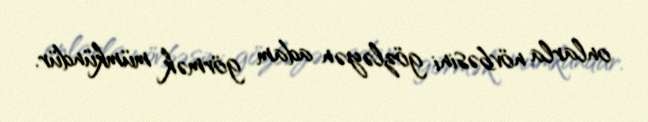
onlarla növbəsini gözləyən adam görmək mümkündür.